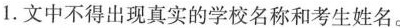
1.文中不得出现真实的学校名称和考生姓名。